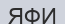
ЯФИ